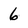
Character: 6